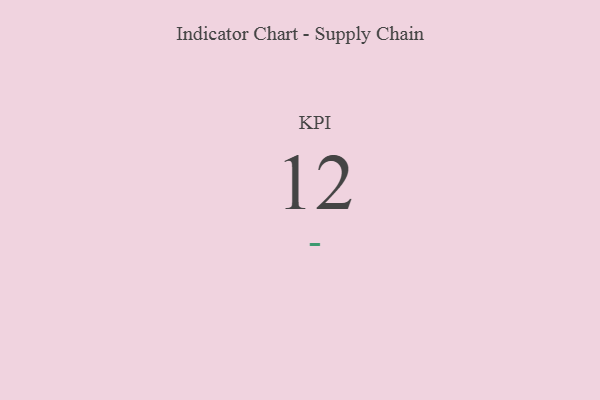
{"axis": {"x": "KPI", "y": "Value"}, "legend": [""], "data": [{"x": "KPI", "y": 12, "type": ""}]}